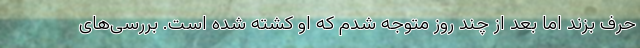
حرف بزند اما بعد از چند روز متوجه شدم که او کشته شده است. بررسی‌های